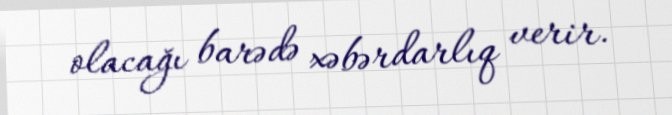
olacağı barədə xəbərdarlıq verir.